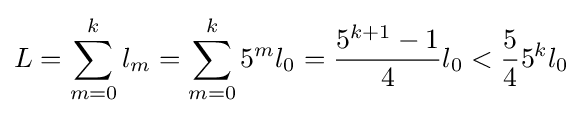
L=\sum _{m=0}^{k}l_{m}=\sum _{m=0}^{k}5^{m}l_{0}={\frac {5^{k+1}-1}{4}}l_{0}<{\frac {5}{4}}5^{k}l_{0}